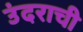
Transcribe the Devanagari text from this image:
उंदराची